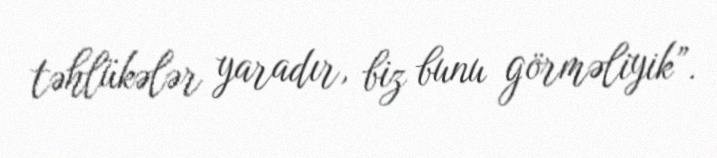
təhlükələr yaradır, biz bunu görməliyik”.